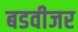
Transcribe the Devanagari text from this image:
बडवीजर